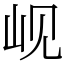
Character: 岘